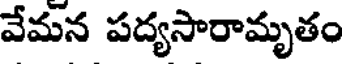
వేమన పద్యసారామృతం